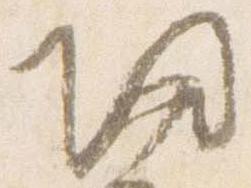
帰